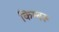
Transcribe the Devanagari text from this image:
किम्बरू